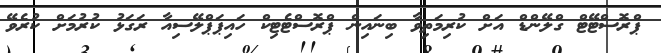
ޕްރޮސްޓޭޓް ގްލޭންޑް އަށް ކުރިމަތިވާ ބިނައިން ޕްރޮސްޓެޓިކް ހައިޕަޕްލޭސިއާ ރަގަޅު ކުރުމަށް ކުރެވޭ